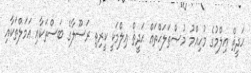
ޙަދީޘް ޢިލްމުގެ މުހިއްމު މުޞްޠަލަޙްތައް ޙަދީޘް ޢިލްމަކީ ކީރިތި ރަސޫލާގެ ބަސްތަކާއި ޢަމަލްތަކާއި